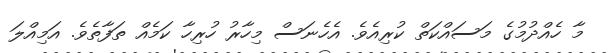
މާ ހެއްދުމުގެ މަސައްކަތް ކުރިއެވެ. އެހެނަސް މިހާރު ހުރިހާ ކަމެއް ތަފާތެވެ. އަމިއްލަ